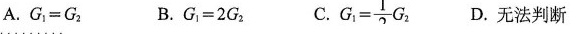
A.$$G _ { 1 } = G _ { 2 } $$ B.$$G _ { 1 }